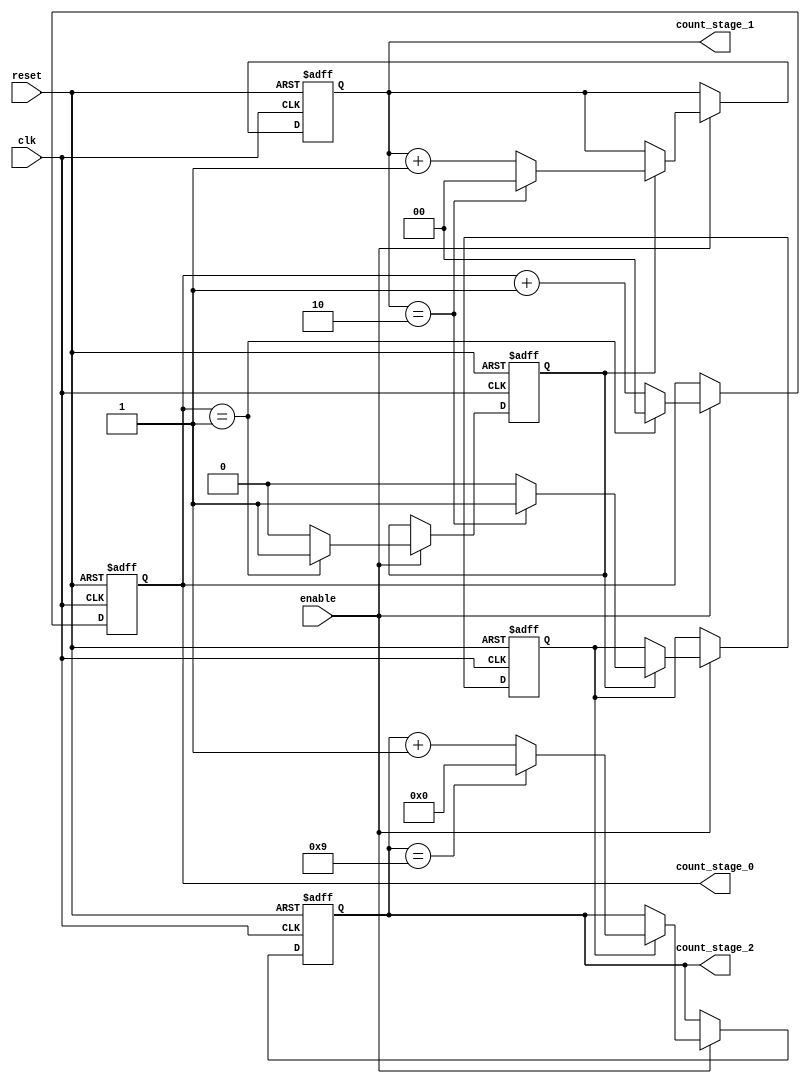
module mixed_radix_counter #(
    parameter RADIX_0 = 2,  // Radix for stage 0
    parameter MAX_COUNT_0 = 2, // Maximum count for stage 0
    parameter RADIX_1 = 3,  // Radix for stage 1
    parameter MAX_COUNT_1 = 3, // Maximum count for stage 1
    parameter RADIX_2 = 10, // Radix for stage 2
    parameter MAX_COUNT_2 = 10 // Maximum count for stage 2
)(
    input wire clk,         // Clock input
    input wire reset,       // Asynchronous reset
    input wire enable,      // Enable signal
    output reg [1:0] count_stage_0, // Output for stage 0
    output reg [1:0] count_stage_1, // Output for stage 1
    output reg [3:0] count_stage_2  // Output for stage 2
);

// Internal signals for overflow
reg carry_stage_0;
reg carry_stage_1;

// Stage 0 Counter
always @(posedge clk or posedge reset) begin
    if (reset) begin
        count_stage_0 <= 0;
        carry_stage_0 <= 0;
    end else if (enable) begin
        if (count_stage_0 == MAX_COUNT_0 - 1) begin
            count_stage_0 <= 0;
            carry_stage_0 <= 1; // Generate carry
        end else begin
            count_stage_0 <= count_stage_0 + 1;
            carry_stage_0 <= 0;
        end
    end
end

// Stage 1 Counter
always @(posedge clk or posedge reset) begin
    if (reset) begin
        count_stage_1 <= 0;
        carry_stage_1 <= 0;
    end else if (enable) begin
        if (carry_stage_0) begin
            if (count_stage_1 == MAX_COUNT_1 - 1) begin
                count_stage_1 <= 0;
                carry_stage_1 <= 1; // Generate carry
            end else begin
                count_stage_1 <= count_stage_1 + 1;
                carry_stage_1 <= 0;
            end
        end
    end
end

// Stage 2 Counter
always @(posedge clk or posedge reset) begin
    if (reset) begin
        count_stage_2 <= 0;
    end else if (enable) begin
        if (carry_stage_1) begin
            if (count_stage_2 == MAX_COUNT_2 - 1) begin
                count_stage_2 <= 0; // Reset stage 2 on overflow
            end else begin
                count_stage_2 <= count_stage_2 + 1;
            end
        end
    end
end

endmodule